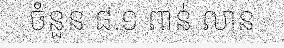
ចំនួន ៨.១ ពាន់ លាន